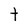
Character: t